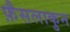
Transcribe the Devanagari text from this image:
फ़ैसलाकुन